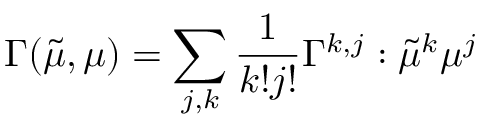
{ } \Gamma ( \tilde { \mu } , \mu ) = \sum _ { j , k } \frac { 1 } { k ! j ! } \Gamma ^ { k , j } : \tilde { \mu } ^ { k } \mu ^ { j }